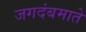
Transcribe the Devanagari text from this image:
जगदंबमाते